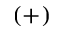
( + )